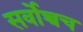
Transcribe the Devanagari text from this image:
सर्वोच्चच